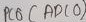
Text: PC0 (ADC0)